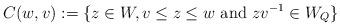
LaTeX: \begin{align*}C(w,v):=\{z\in W, v\leq z\leq w \textnormal{ and } zv^{-1}\in W_Q\}\end{align*}